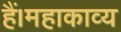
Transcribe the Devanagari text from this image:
हैं।महाकाव्य